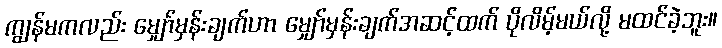
ကျွန်မကလည်း မျှော်မှန်းချက်ဟာ မျှော်မှန်းချက်အဆင့်ထက် ပိုလိမ့်မယ်လို့ မထင်ခဲ့ဘူး။